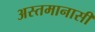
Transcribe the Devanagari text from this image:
अस्तमानासी